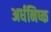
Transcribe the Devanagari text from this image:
अर्धनिष्क